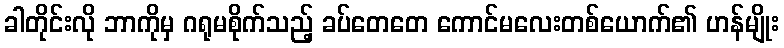
ခါတိုင်းလို ဘာကိုမှ ဂရုမစိုက်သည့် ခပ်တေတေ ကောင်မလေးတစ်ယောက်၏ ဟန်မျိုး